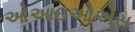
ઓઆઇઓએસ